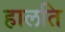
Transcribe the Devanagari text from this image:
हालति